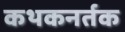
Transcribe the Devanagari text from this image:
कथकनर्तक